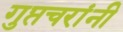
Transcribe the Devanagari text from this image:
गुप्तचरांनी